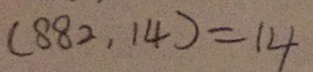
( 8 8 2 , 1 4 ) = 1 4